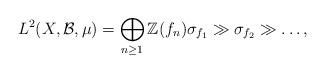
LaTeX: \begin{align*}L^2(X,\mathcal{B},\mu)=\bigoplus_{n\geq 1}\mathbb{Z}(f_n) \sigma_{f_1} \gg \sigma_{f_2} \gg \dots,\end{align*}